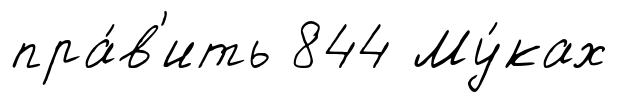
пра́в'ить 844 Му́ках